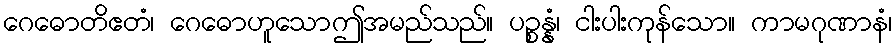
ဂေဓောတိဧတံ၊ ဂေဓောဟူသောဤအမည်သည်။ ပဉ္စန္နံ၊ ငါးပါးကုန်သော။ ကာမဂုဏာနံ၊